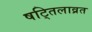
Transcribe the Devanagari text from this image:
षट्तिलाव्रत